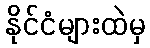
နိုင်ငံများထဲမှ